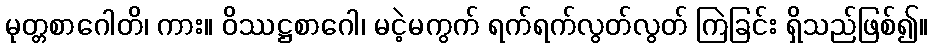
မုတ္တစာဂေါတိ၊ ကား။ ဝိဿဋ္ဌစာဂေါ၊ မငဲ့မကွက် ရက်ရက်လွတ်လွတ် ကြဲခြင်း ရှိသည်ဖြစ်၍။